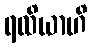
ရထိယာဟိ